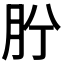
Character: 𦙝